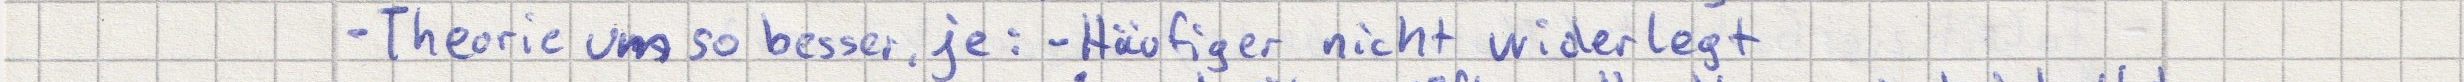
- Theorie umso besser, je: - Häufige nicht widerlegt